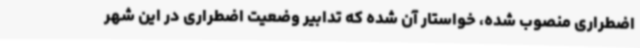
اضطراری منصوب شده، خواستار آن شده که تدابیر وضعیت اضطراری در این شهر